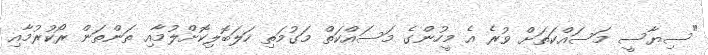
"ސިޔާސީ މަސައްކަތަށް ވުރެ އެ މީހުންގެ މަސައްކަތް މަގުމަތި ހަލަބޮލިކޮށްލުމާއި ތަންތަން ރޯކުރުމާއި